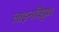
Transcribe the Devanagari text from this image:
लाइनविड्थ